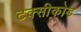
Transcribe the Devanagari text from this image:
टक्सीकोड